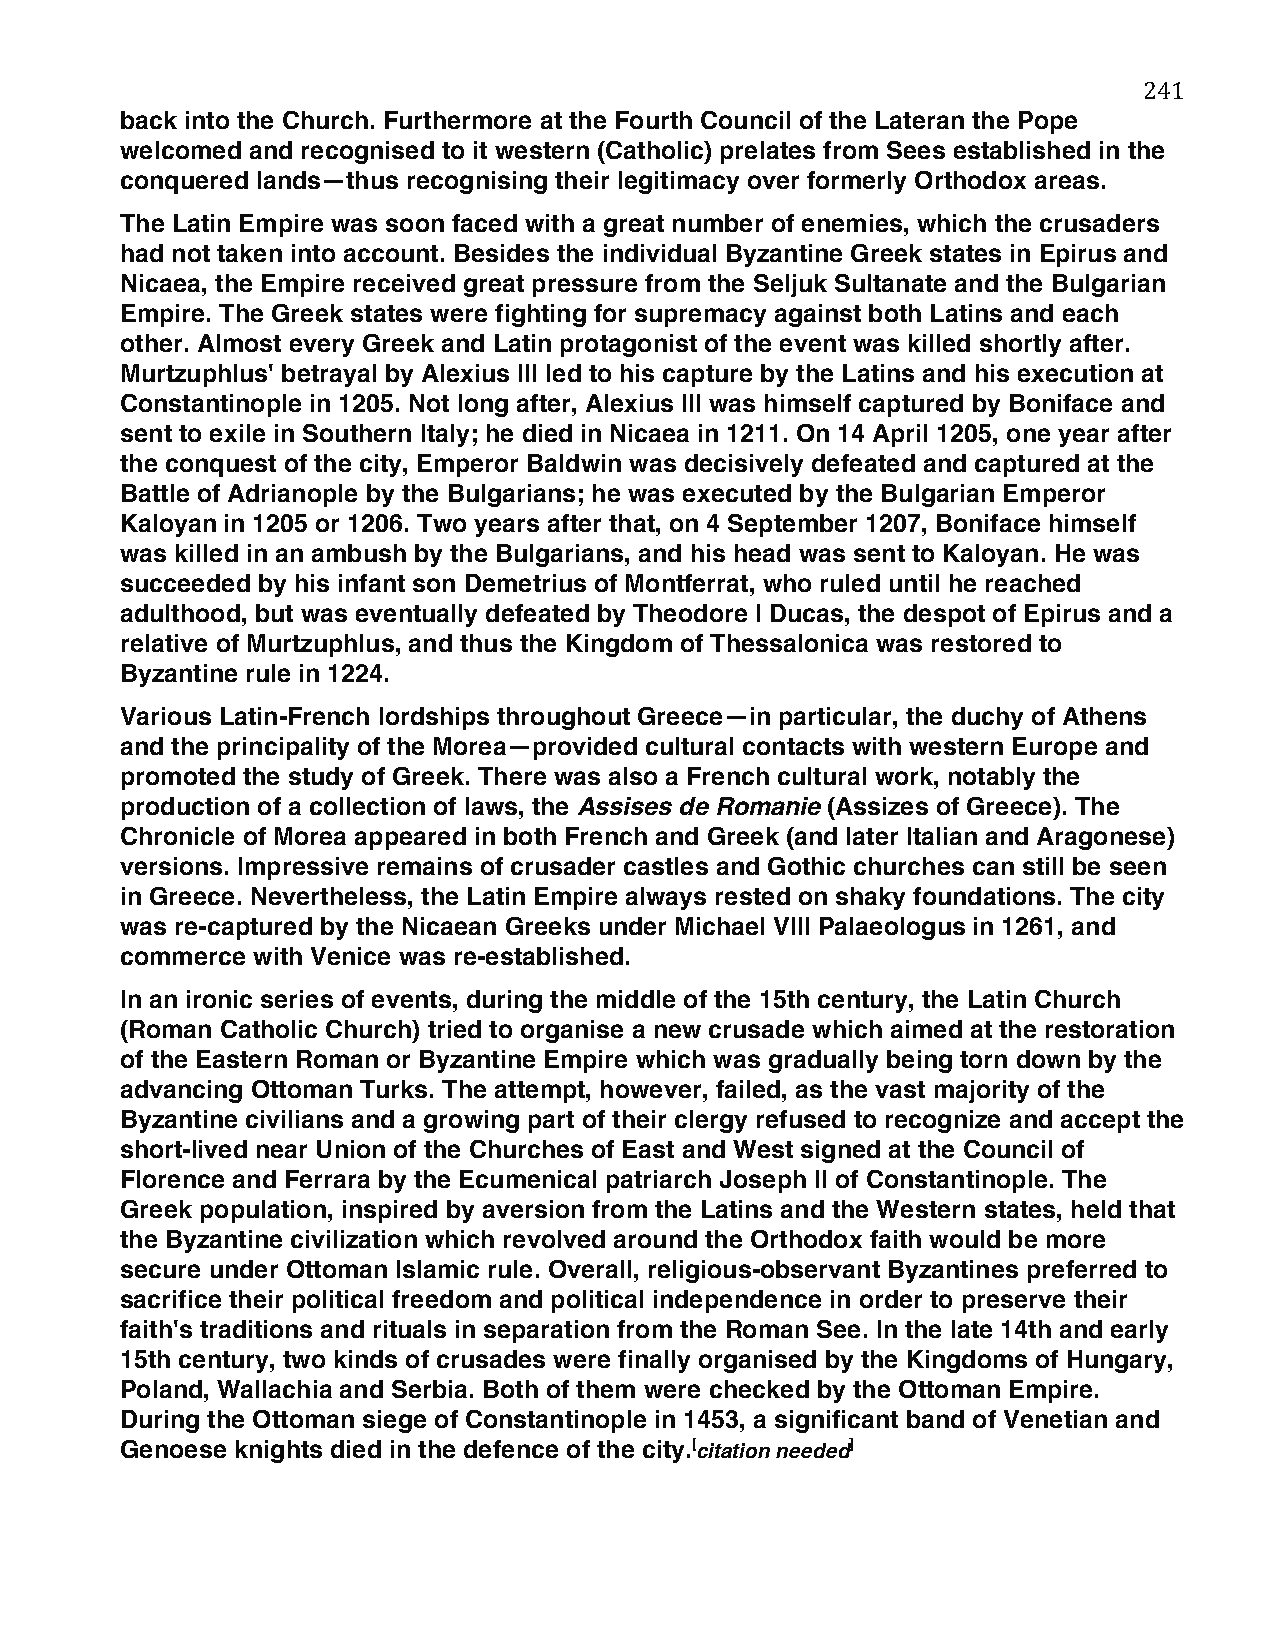
241
 back into the Church. Furthermore at the Fourth Council of the Lateran the Pope
 welcomed and recognised to it western (Catholic) prelates from Sees established in the
 conquered lands—thus recognising their legitimacy over formerly Orthodox areas.
 The Latin Empire was soon faced with a great number of enemies, which the crusaders
 had not taken into account. Besides the individual Byzantine Greek states in Epirus and
 Nicaea, the Empire received great pressure from the Seljuk Sultanate and the Bulgarian
 Empire. The Greek states were fighting for supremacy against both Latins and each
 other. Almost every Greek and Latin protagonist of the event was killed shortly after.
 Murtzuphlus' betrayal by Alexius III led to his capture by the Latins and his execution at
 Constantinople in 1205. Not long after, Alexius III was himself captured by Boniface and
 sent to exile in Southern Italy; he died in Nicaea in 1211. On 14 April 1205, one year after
 the conquest of the city, Emperor Baldwin was decisively defeated and captured at the
 Battle of Adrianople by the Bulgarians; he was executed by the Bulgarian Emperor
 Kaloyan in 1205 or 1206. Two years after that, on 4 September 1207, Boniface himself
 was killed in an ambush by the Bulgarians, and his head was sent to Kaloyan. He was
 succeeded by his infant son Demetrius of Montferrat, who ruled until he reached
 adulthood, but was eventually defeated by Theodore I Ducas, the despot of Epirus and a
 relative of Murtzuphlus, and thus the Kingdom of Thessalonica was restored to
 Byzantine rule in 1224.
 Various Latin-French lordships throughout Greece—in particular, the duchy of Athens
 and the principality of the Morea—provided cultural contacts with western Europe and
 promoted the study of Greek. There was also a French cultural work, notably the
 production of a collection of laws, the Assises de Romanie (Assizes of Greece). The
 Chronicle of Morea appeared in both French and Greek (and later Italian and Aragonese)
 versions. Impressive remains of crusader castles and Gothic churches can still be seen
 in Greece. Nevertheless, the Latin Empire always rested on shaky foundations. The city
 was re-captured by the Nicaean Greeks under Michael VIII Palaeologus in 1261, and
 commerce with Venice was re-established.
 In an ironic series of events, during the middle of the 15th century, the Latin Church
 (Roman Catholic Church) tried to organise a new crusade which aimed at the restoration
 of the Eastern Roman or Byzantine Empire which was gradually being torn down by the
 advancing Ottoman Turks. The attempt, however, failed, as the vast majority of the
 Byzantine civilians and a growing part of their clergy refused to recognize and accept the
 short-lived near Union of the Churches of East and West signed at the Council of
 Florence and Ferrara by the Ecumenical patriarch Joseph II of Constantinople. The
 Greek population, inspired by aversion from the Latins and the Western states, held that
 the Byzantine civilization which revolved around the Orthodox faith would be more
 secure under Ottoman Islamic rule. Overall, religious-observant Byzantines preferred to
 sacrifice their political freedom and political independence in order to preserve their
 faith's traditions and rituals in separation from the Roman See. In the late 14th and early
 15th century, two kinds of crusades were finally organised by the Kingdoms of Hungary,
 Poland, Wallachia and Serbia. Both of them were checked by the Ottoman Empire.
 During the Ottoman siege of Constantinople in 1453, a significant band of Venetian and
 Genoese knights died in the defence of the city.[citation needed]